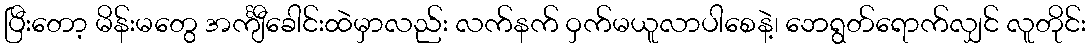
ပြီးတော့ မိန်းမတွေ အင်္ကျီခေါင်းထဲမှာလည်း လက်နက် ဝှက်မယူလာပါစေနဲ့၊ ဘေရွတ်ရောက်လျှင် လူတိုင်း